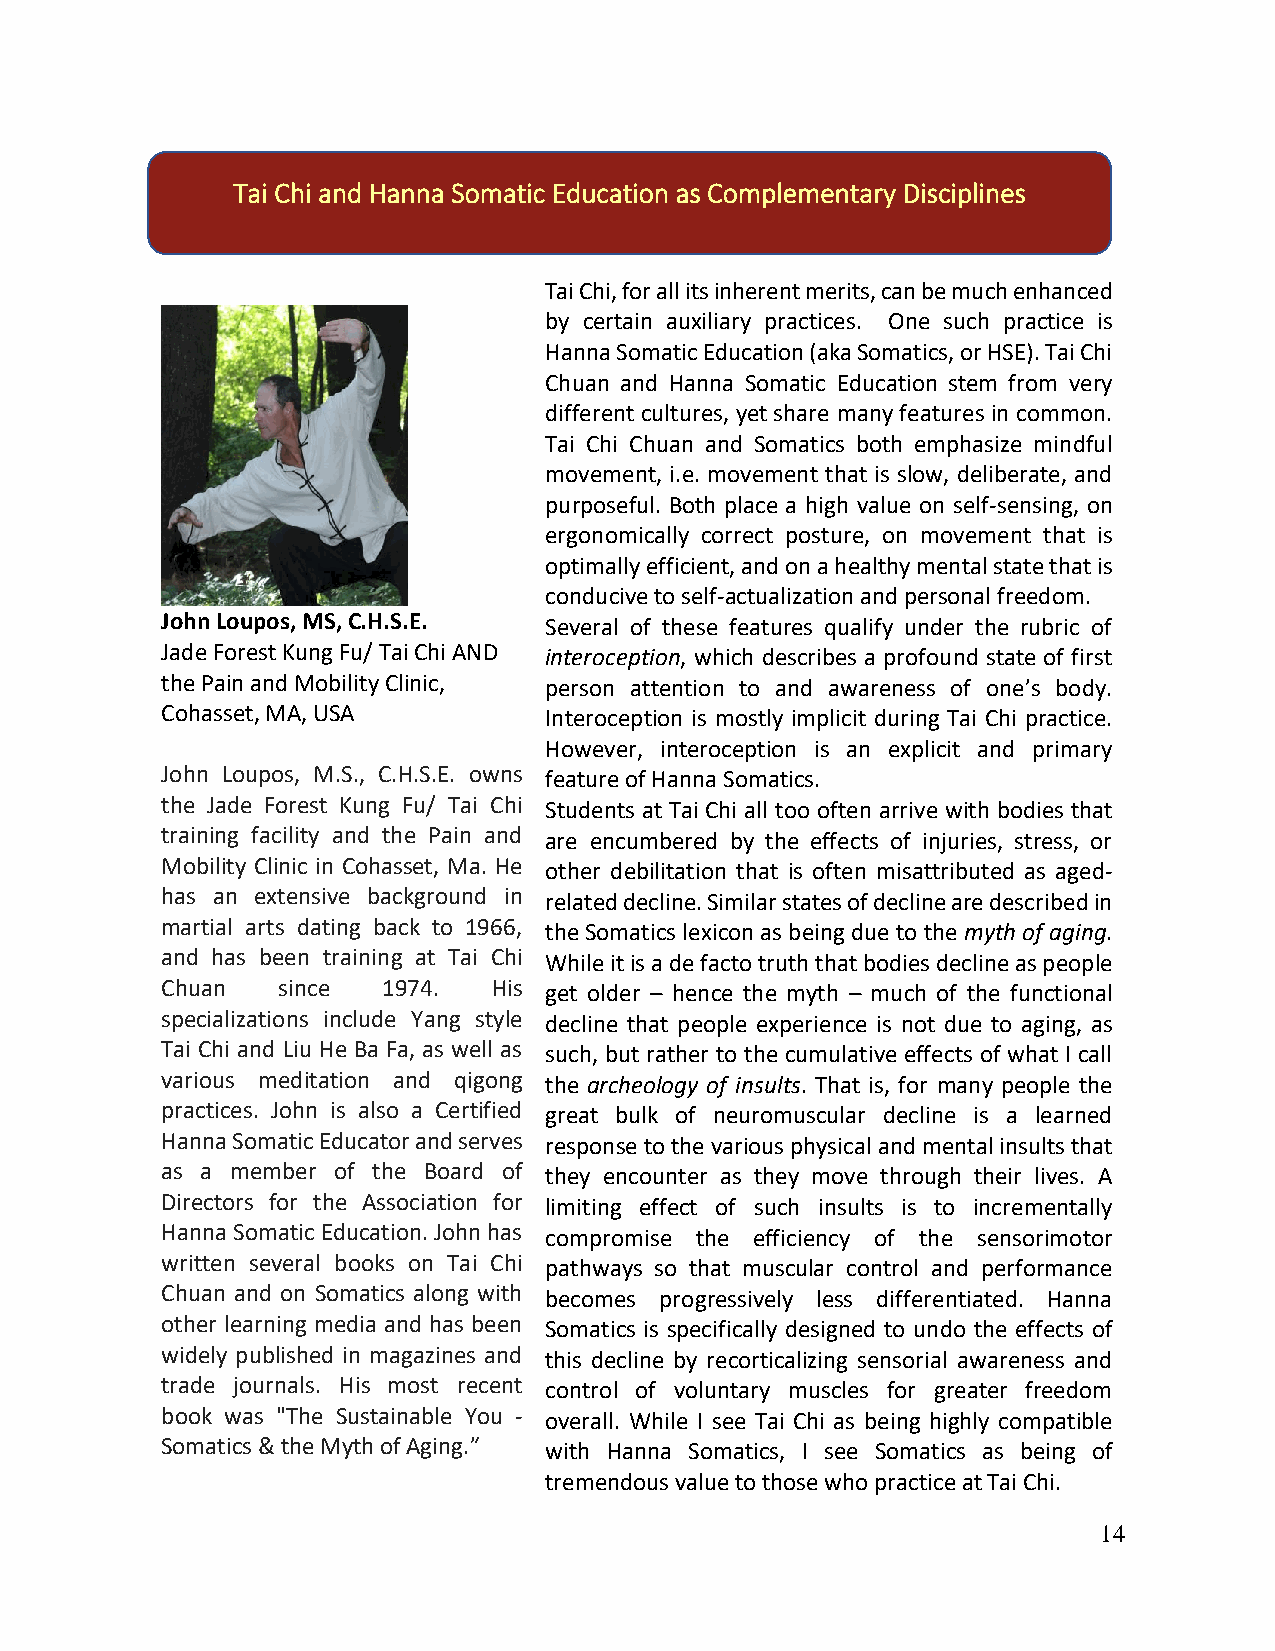
Tai Chi and Hanna Somatic Education as Complementary Disciplines
 Tai Chi, for all its inherent merits, can be much enhanced
 by certain auxiliary practices. One such practice is
 Hanna Somatic Education (aka Somatics, or HSE). Tai Chi
 Chuan and Hanna Somatic Education stem from very
 different cultures, yet share many features in common.
 Tai Chi Chuan and Somatics both emphasize mindful
 movement, i.e. movement that is slow, deliberate, and
 purposeful. Both place a high value on self-sensing, on
 ergonomically correct posture, on movement that is
 optimally efficient, and on a healthy mental state that is
 conducive to self-actualization and personal freedom.
 John Loupos, MS, C.H.S.E. Several of these features qualify under the rubric of
 Jade Forest Kung Fu/ Tai Chi AND interoception, which describes a profound state of first
 the Pain and Mobility Clinic, person attention to and awareness of one’s body.
 Cohasset, MA, USA        Interoception is mostly implicit during Tai Chi practice.
 However, interoception is an explicit and primary
 John Loupos, M.S., C.H.S.E. owns feature of Hanna Somatics.
 the Jade Forest Kung Fu/ Tai Chi Students at Tai Chi all too often arrive with bodies that
 training facility and the Pain and are encumbered by the effects of injuries, stress, or
 Mobility Clinic in Cohasset, Ma. He other debilitation that is often misattributed as aged-
 has an extensive background in related decline. Similar states of decline are described in
 martial arts dating back to 1966, the Somatics lexicon as being due to the myth of aging.
 and has been training at Tai Chi While it is a de facto truth that bodies decline as people
 Chuan  since  1974.   His get older – hence the myth – much of the functional
 specializations include Yang style decline that people experience is not due to aging, as
 Tai Chi and Liu He Ba Fa, as well as such, but rather to the cumulative effects of what I call
 various meditation and qigong the archeology of insults. That is, for many people the
 practices. John is also a Certified great bulk of neuromuscular decline is a learned
 Hanna Somatic Educator and serves response to the various physical and mental insults that
 as a member of the Board of they encounter as they move through their lives. A
 Directors for the Association for limiting effect of such insults is to incrementally
 Hanna Somatic Education. John has compromise the efficiency of the sensorimotor
 written several books on Tai Chi pathways so that muscular control and performance
 Chuan and on Somatics along with becomes progressively less differentiated. Hanna
 other learning media and has been Somatics is specifically designed to undo the effects of
 widely published in magazines and this decline by recorticalizing sensorial awareness and
 trade journals. His most recent control of voluntary muscles for greater freedom
 book was "The Sustainable You - overall. While I see Tai Chi as being highly compatible
 Somatics & the Myth of Aging.” with Hanna Somatics, I see Somatics as being of
 tremendous value to those who practice at Tai Chi.
 14